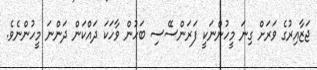
ޖަޒާއިރުގެ ވަރަށް ގިނަ މީހުންނަކީ ފަރަންސޭސި ބަހުން ވާހަކަ ދައްކަން ދަންނަ މީހުންނެވެ.